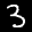
Label: 3